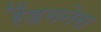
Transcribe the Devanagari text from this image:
रैंडमनेस